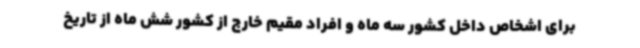
برای اشخاص داخل کشور سه ماه و افراد مقیم خارج از کشور شش ماه از تاریخ